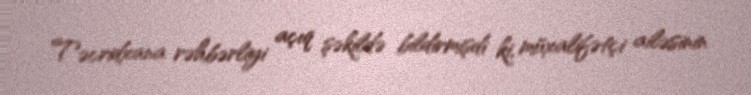
Təcridxana rəhbərliyi açıq şəkildə bildirmişdi ki, müxalifətçi ailəsinin